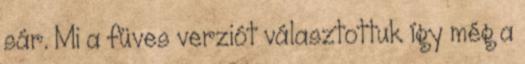
sár. Mi a füves verziót választottuk így még a